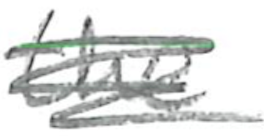
Text: the
Cross-out: scratch
Writing tool: pencil